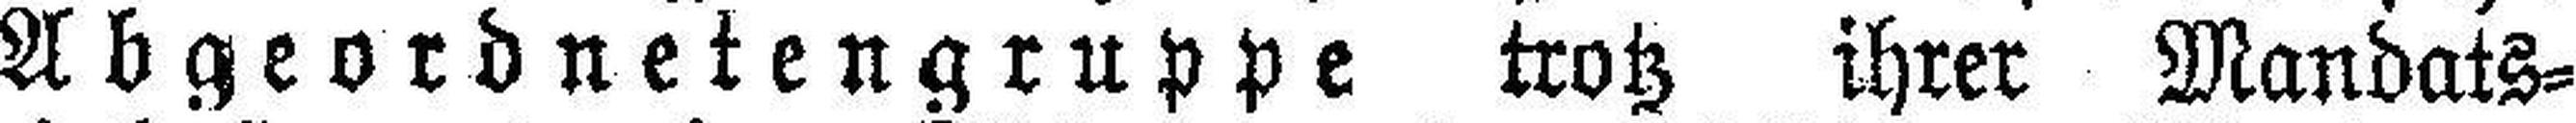
Abgeordnetengruppe trotz ihrer Mandats¬